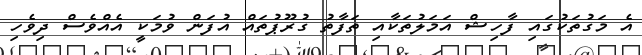
އެ މަގުތަކުގައި ފާހިޝް އަމަލުތަކާއި ތަފާތު ގުރޫޕުތައް އުފަން ވުމަކީ އެއްވެސް ދިވެހި